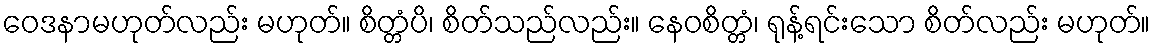
ဝေဒနာမဟုတ်လည်း မဟုတ်။ စိတ္တံပိ၊ စိတ်သည်လည်း။ နေဝစိတ္တံ၊ ရုန့်ရင်းသော စိတ်လည်း မဟုတ်။